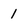
Character: 1